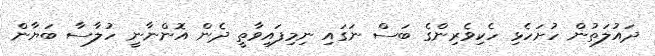
ދައުލަތުން ހުށަހެޅި ހެކިވެރިންގެ ބަސް ނަގައި ނިމިފައިވާތީ ދެން އޮންނާނީ ހުލާސާ ބަޔާން